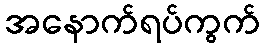
အနောက်ရပ်ကွက်